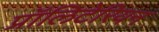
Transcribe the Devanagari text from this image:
प्रॉलिटेरियन